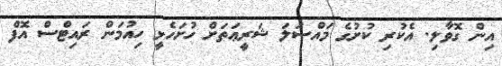
އިން ގޮވާލި. އެކުރި ކުށުގެ މައްސަަލަ ޝަރީޢަތަށް ހުށަހެޅީ ހިއުމަން ރައިޓްސް އޮފް